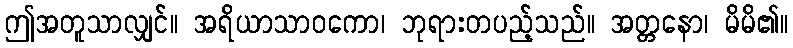
ဤအတူသာလျှင်။ အရိယာသာဝကော၊ ဘုရားတပည့်သည်။ အတ္တနော၊ မိမိ၏။